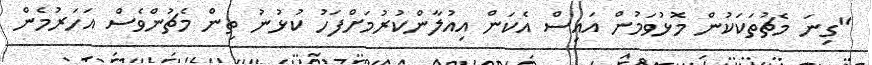
"ގިނަ މެޗުތަކަކުން މޮޅުވަމުން އައިސް އެކަން އިއުލާންކުރުމަށްފަހު ކުޅުނު ތިން މެޗުންވެސް އަހަރުމެން